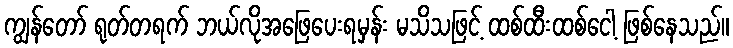
ကျွန်တော် ရုတ်တရက် ဘယ်လိုအဖြေပေးရမှန်း မသိသဖြင့် ထစ်ထီးထစ်ငေါ့ ဖြစ်နေသည်။